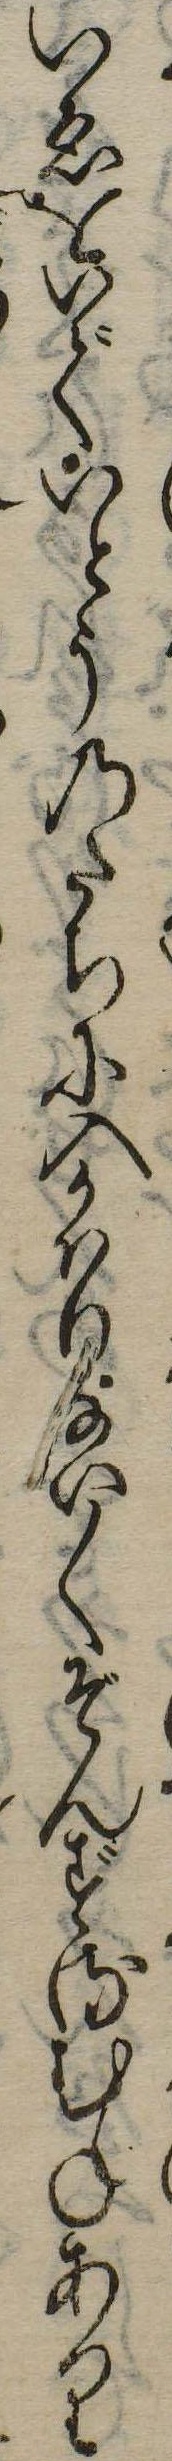
いゑをいでいとうのたちに入かはりない〱ぞんずるむねあり